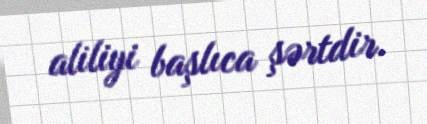
aliliyi başlıca şərtdir.